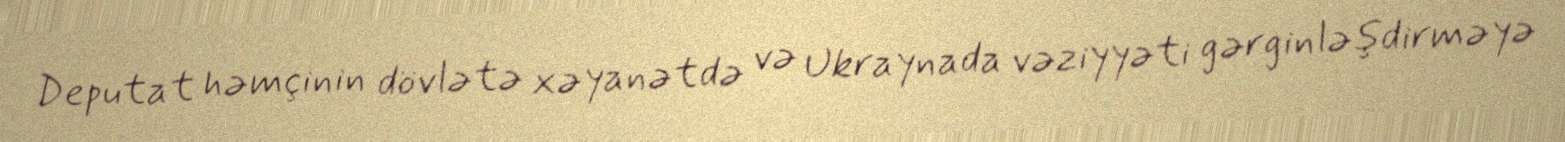
Deputat həmçinin dövlətə xəyanətdə və Ukraynada vəziyyəti gərginləşdirməyə